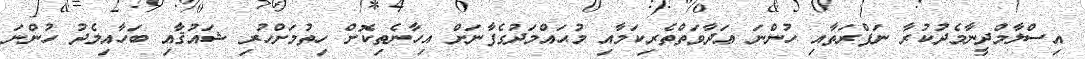
އިސްލާމްދީނާމެދުކުރާ ނަފްރަތާއި ހުންނަ ޢަދާވަތްތެރިކަމާއި މުޙައްމަދުގެފާނަށް އިހާނެތިކޮށް ހިތުމަށްހުރި ޝައުޤާއި ބަހާއިމެދު ހުންނަ